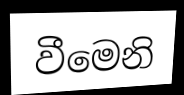
වීමෙනි